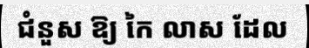
ជំនួស ឱ្យ កៃ លាស ដែល